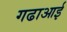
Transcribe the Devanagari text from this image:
गढाआई